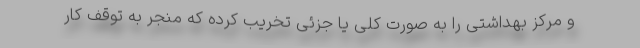
و مرکز بهداشتی را به صورت کلی یا جزئی تخریب کرده که منجر به توقف کار